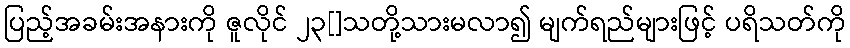
ပြည့်အခမ်းအနားကို ဇူလိုင် ၂၃[]သတို့သားမလာ၍ မျက်ရည်များဖြင့် ပရိသတ်ကို